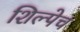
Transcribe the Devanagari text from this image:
शिल्पेच